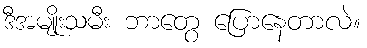
ဒီအမျိုးသမီး ဘာတွေ ပြောနေတာလဲ။